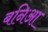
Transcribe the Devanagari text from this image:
बनिआ